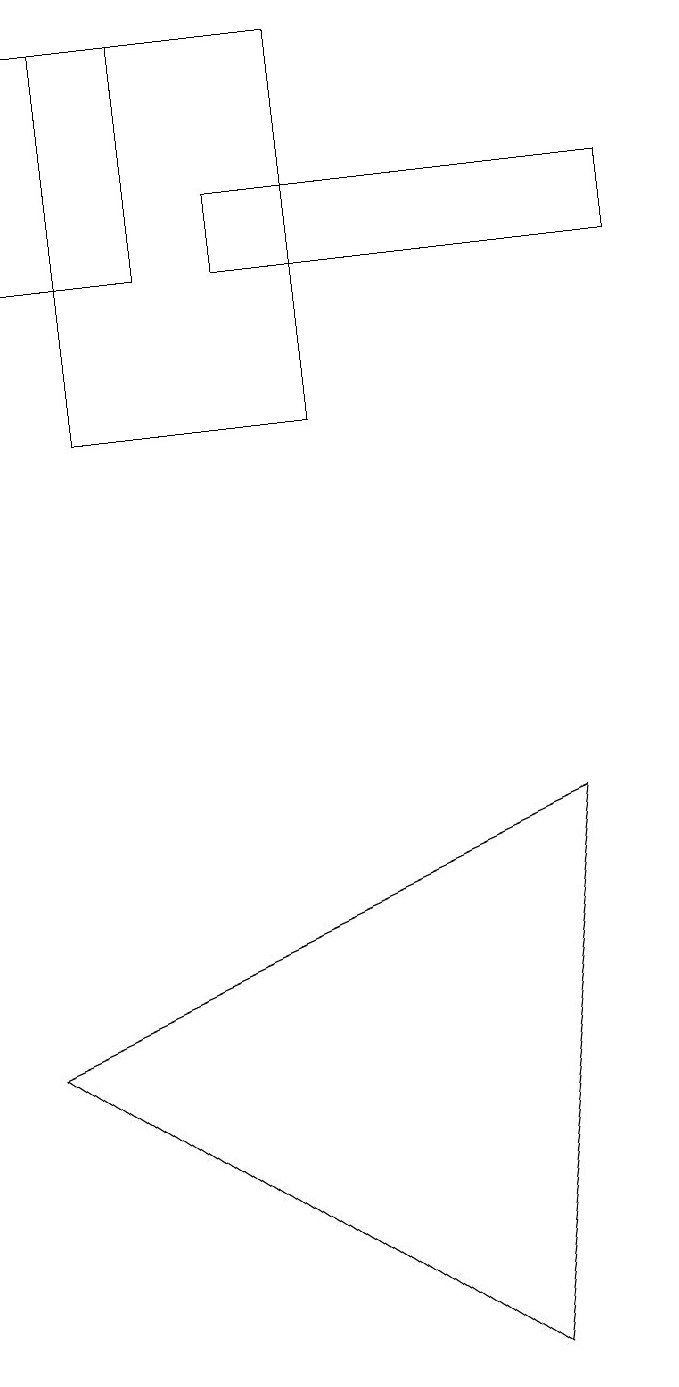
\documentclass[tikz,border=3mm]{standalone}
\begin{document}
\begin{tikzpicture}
\draw (3,15) rectangle (8,16);
\draw (0,5) -- (6,1) -- (7,8) -- cycle;
\draw (4,13) rectangle (1,18);
\draw (0,18) rectangle (2,15);
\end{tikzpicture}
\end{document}